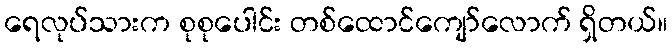
ရေလုပ်သားက စုစုပေါင်း တစ်ထောင်ကျော်လောက် ရှိတယ်။